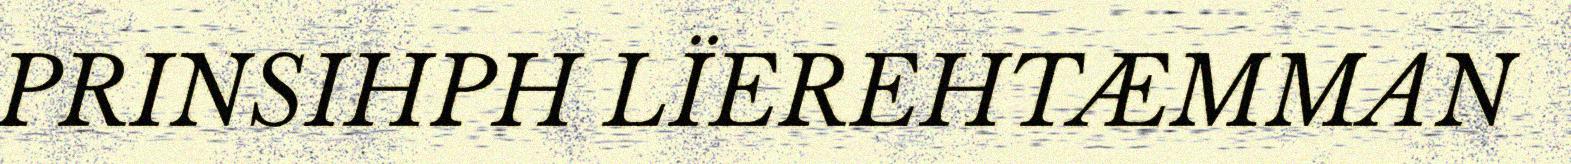
PRINSIHPH LÏEREHTÆMMAN